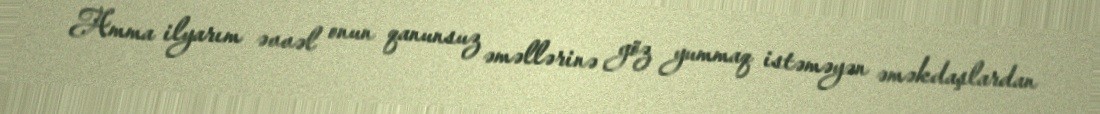
Amma ilyarım əvvəl onun qanunsuz əməllərinə göz yummaq istəməyən əməkdaşlardan